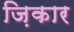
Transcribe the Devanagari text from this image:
ज़िकार